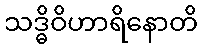
သဒ္ဓိဝိဟာရိနောတိ